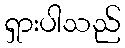
ရှားပါသည်